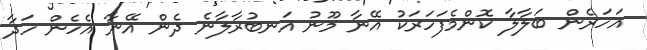
އަހަރެން ބަލާލާ ކޮންމެފަހަރަކު އޭނާ މޫނު އަނބުރާލާނެ ދެން އޭނާ އެހެން ހަދާ